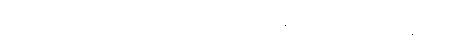
အသိတပီတခါယိတသာယိတံ။ တတ္ထ ယထာ သုဝါနဒေါဏိယံ ဌိတေ သုဝါနဝမထုမှိ